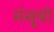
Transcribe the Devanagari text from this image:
मंसूबो